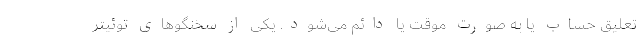
تعلیق حساب یا به صورت موقت یا دائم می‌شود. یکی از سخنگوهای توئیتر